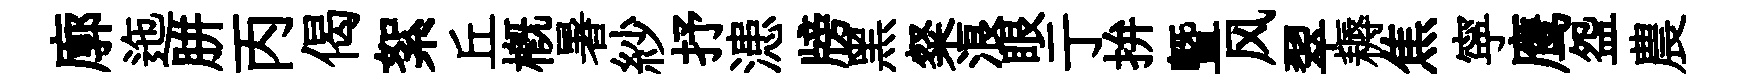
廓迤胼丙偈絮丘概暑紗抒漶牓黑粲浪眼亍拚暨风翠耨焦寜鹰盌農